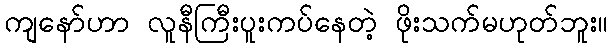
ကျနော်ဟာ လူနီကြီးပူးကပ်နေတဲ့ ဖိုးသက်မဟုတ်ဘူး။